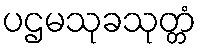
ပဌမသုခသုတ္တံ